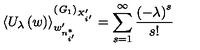
\left\langle U _ { \lambda } \left( w \right) \right\rangle _ { w _ { n _ { i ^ { \prime } } ^ { * } } ^ { \prime } } ^ { \left( { \it G } _ { 1 } \right) _ { X _ { i ^ { \prime } } ^ { \prime } } } = \sum _ { s = 1 } ^ { \infty } \frac { \left( - \lambda \right) ^ { s } } { s ! }